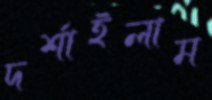
দর্শাইলাম